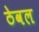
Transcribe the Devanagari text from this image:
ठेवल